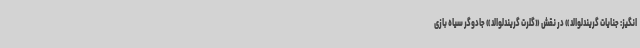
انگیز: جنایات گریندلوالد» در نقش «گلرت گریندلوالد» جادوگر سیاه بازی